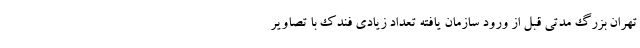
تهران بزرگ مدتی قبل از ورود سازمان یافته تعداد زیادی فندک با تصاویر